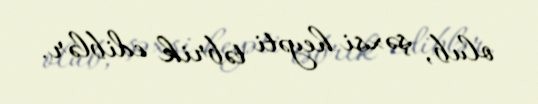
olub, şəxsi heyəti təbrik ediblər.